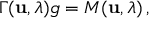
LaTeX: \Gamma ( { \bf u } , \lambda ) g = M ( { \bf u } , \lambda ) \, ,